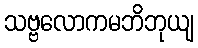
သဗ္ဗလောကမဘိဘုယျ